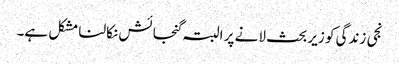
نجی زندگی کو زیربحث لانے پر البتہ گنجائش نکالنا مشکل ہے۔